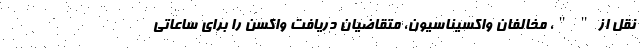
نقل از " "، مخالفان واکسیناسیون، متقاضیان دریافت واکسن را برای ساعاتی